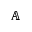
\mathbb { A }